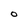
Character: 0